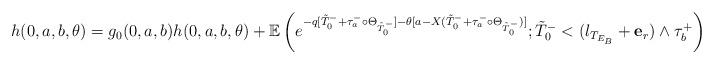
LaTeX: \begin{align*}h(0,a,b,\theta )&=g_0(0,a, b)h(0,a,b, \theta ) +\mathbb{E}\left(e^{-q [\tilde{T}_0^- + \tau_a^- \circ \Theta_{\tilde{T}_0^-}] - \theta [a- X(\tilde{T}_0^- + \tau_a^- \circ \Theta_{\tilde{T}_0^-})]}; \tilde{T}_0^-<(l_{T_{E_B}}+\mathbf{e}_{r}) \wedge\tau_b^+\right). \end{align*}